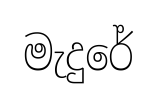
මැදුරේ